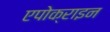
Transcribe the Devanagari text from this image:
एपोक्राइन